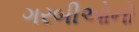
ગરબીઓનો